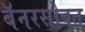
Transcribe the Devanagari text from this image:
बॅनरसोबत